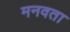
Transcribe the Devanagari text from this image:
मनवता